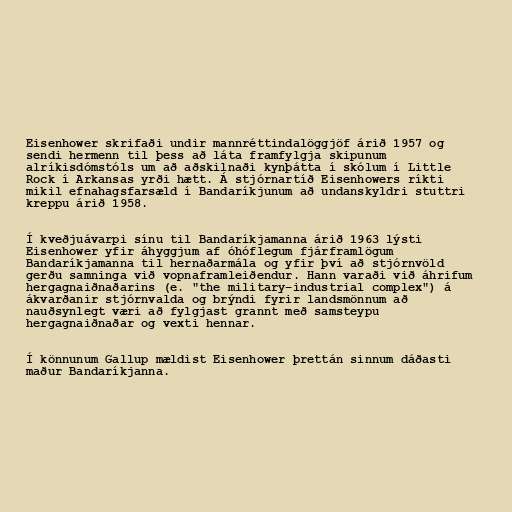
Eisenhower skrifaði undir mannréttindalöggjöf árið 1957 og
sendi hermenn til þess að láta framfylgja skipunum
alríkisdómstóls um að aðskilnaði kynþátta í skólum í Little
Rock í Arkansas yrði hætt. Á stjórnartíð Eisenhowers ríkti
mikil efnahagsfarsæld í Bandaríkjunum að undanskyldri stuttri
kreppu árið 1958.

Í kveðjuávarpi sínu til Bandaríkjamanna árið 1963 lýsti
Eisenhower yfir áhyggjum af óhóflegum fjárframlögum
Bandaríkjamanna til hernaðarmála og yfir því að stjórnvöld
gerðu samninga við vopnaframleiðendur. Hann varaði við áhrifum
hergagnaiðnaðarins (e. "the military–industrial complex") á
ákvarðanir stjórnvalda og brýndi fyrir landsmönnum að
nauðsynlegt væri að fylgjast grannt með samsteypu
hergagnaiðnaðar og vexti hennar.

Í könnunum Gallup mældist Eisenhower þrettán sinnum dáðasti
maður Bandaríkjanna.